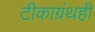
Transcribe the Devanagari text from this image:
टीकाग्रंथही